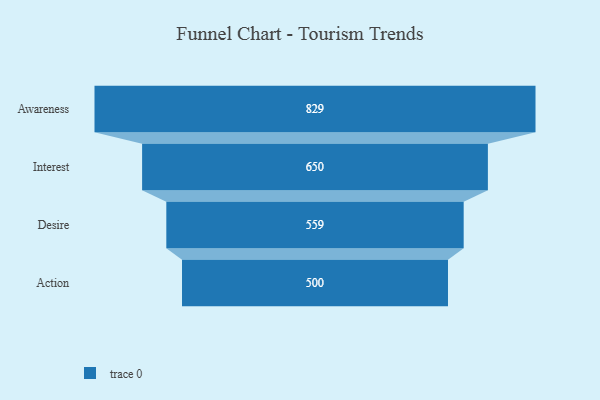
{"axis": {"x": "Stage", "y": "Value"}, "legend": [""], "data": [{"x": "Awareness", "y": 829.0, "type": ""}, {"x": "Interest", "y": 650.0, "type": ""}, {"x": "Desire", "y": 559.0, "type": ""}, {"x": "Action", "y": 500, "type": ""}]}